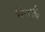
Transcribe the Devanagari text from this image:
चेनाई